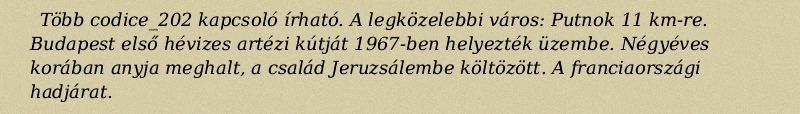
Több codice_202 kapcsoló írható. A legközelebbi város: Putnok 11 km-re. Budapest első hévizes artézi kútját 1967-ben helyezték üzembe. Négyéves korában anyja meghalt, a család Jeruzsálembe költözött. A franciaországi hadjárat.